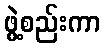
ဖွဲ့စည်းကာ